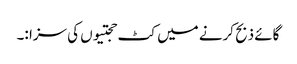
گائے ذبح کرنے میں کٹ حجتیوں کی سزا :۔